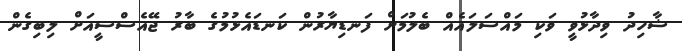
ޝާހިދު ވިދާޅުވީ ވަކި މައްސަލައެއް ބެލުމަށް ފަނޑިޔާރުން ކަނޑައެޅުމުގެ ބާރު ޖޭއެސްސީއަށް ލިބިގެން